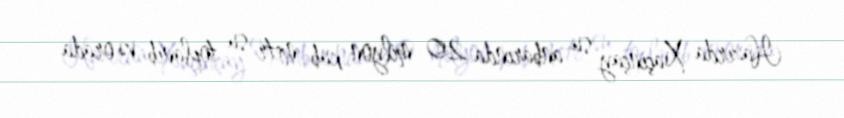
Hazırda Xaçınçay su anbarında 20 milyon kub metr su toplanıb və orada